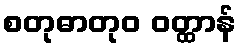
စတုဓာတုဝ ဝတ္ထာန်